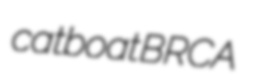
catboat BRCA